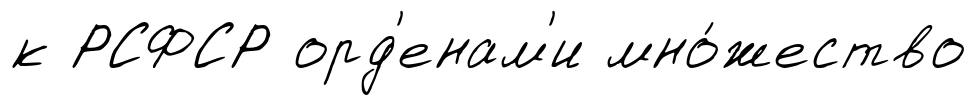
к РСФСР орд'енам'и мно́жество